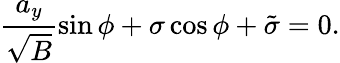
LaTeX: \frac{a_{y}}{\sqrt B}\sin\phi+\sigma\cos\phi+\tilde{\sigma}=0.